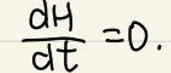
\(\frac{dH}{dt} = 0.\)